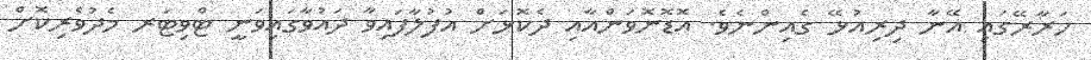
ހަރާރޭގައި އޭނާ ދިރިއުޅޭ ގެއިންނެވެ. އޮޑޮނޮވަންއާއި ދެކޮޅަށް އުފުލާފައިވާ ދައުވާގައިވަނީ ޓްވިޓަރ މެދުވެރިކޮށް